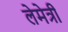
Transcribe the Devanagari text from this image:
लेमेत्री